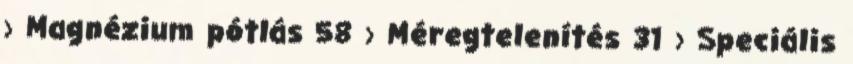
› Magnézium pótlás 58 › Méregtelenítés 31 › Speciális